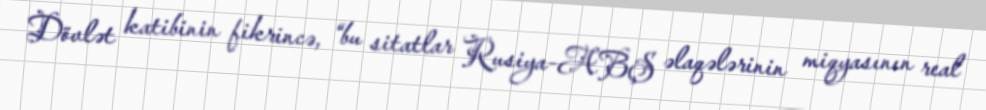
Dövlət katibinin fikrincə, “bu sitatlar Rusiya-ABŞ əlaqələrinin miqyasının real